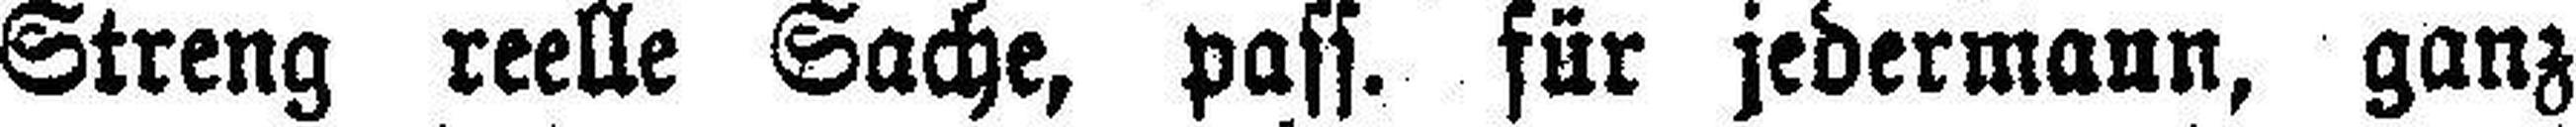
Streng reelle Sache, pass. für jedermann, ganz